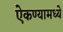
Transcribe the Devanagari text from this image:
ऐकण्यामध्ये